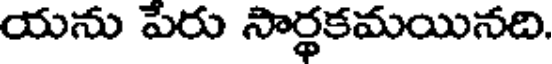
యను పేరు సార్థకమయినది.